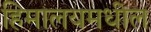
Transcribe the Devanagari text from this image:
हिमालयमधील